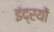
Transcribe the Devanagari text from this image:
इंद्रयों